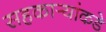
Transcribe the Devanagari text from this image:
सहकार्‍यांकडे